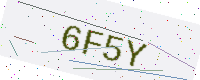
Text: 6F5Y